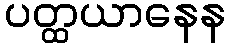
ပတ္ထယာနေန